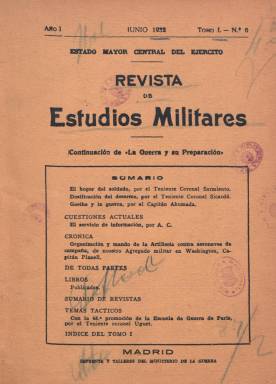
Título: Revista de estudios militares
Colección: Fuerzas armadas
Ámbito geográfico: Madrid
Lugar de publicación: Madrid
Fechas: 01/01/1932-31/05/1936

Es continuación de la revista titulada La Guerra y su preparación, que el Estado Mayor Central del Ejército había editado entre 1916 y 1931, y que también forma parte de la colección de la Biblioteca Nacional de España. Este título se publicará entre enero de 1932 y mayo de 1936, por lo que cesó al estallar la guerra civil española, en julio de ese año. Será, al igual que su predecesora, una revista con entregas mensuales que forman tomos semestrales, elaborando al final de cada de estos uno un índice de sus contenidos. Tanto la renumeración de sus entregas como de su foliación será anual, e insertará fotograbados, mapas, croquis y figuras.

Su redacción estará a cargo de la Segunda Sección del Estado Mayor Central, del Ministerio de la Guerra, a través de una junta técnica al mando de un coronel, y en ella colaborarán oficiales, jefes y generales del ejército, así como agregados militares de las embajadas españolas en el extranjero. Se trata de la principal publicación periódica española de naturaleza técnica militar.

De acuerdo a sus índices, sus materias referidas tanto a España como a los ejércitos extranjeros las divide en: Cuestiones políticas, económicas y sociales (estrategia, logística, mando, Estado Mayor); Táctica general, maniobras y operaciones militares; Estudio y preparación del terreno; Táctica y tiro; Organización; Material y ganado; Legislación; Servicios e industrias militares; Instrucción, educación y reglamentos; Geografía e historia militares; Ciencias y técnicas; Literatura y artes; Aeronáutica; Marina, y varios.

Publica estudios, artículos, extractos, crónicas, cuestiones de actualidad, recensiones bibliográficas y sumarios de revistas; así como estudios de historia militar, e insertará alguna publicidad comercial relativa a la industria y al armamento.

Para darse una idea de sus contenidos señalamos algunos de los epígrafes de sus artículos: Los altos centros directivos militares; Factores del conflicto manchuriano; Ejercicios sobre el plano; Maniobras aéreas en los Estados Unidos; Necesidad de la Infantería en las divisiones motorizadas; Nivel mental del soldado africano; Características de los ejércitos modernos, u Organización y mando de la Artillería contra aeronaves de campaña.